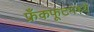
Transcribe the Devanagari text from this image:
फ्रँकफूटमध्ये